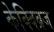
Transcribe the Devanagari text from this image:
केक्विब्रज